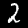
Label: 2